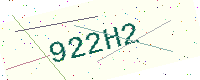
Text: 922H2